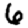
Digit: 6